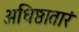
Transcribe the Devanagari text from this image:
अधिष्ठातारं